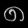
Digit: ၈